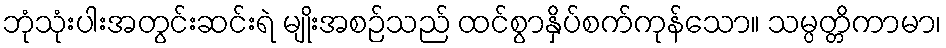
ဘုံသုံးပါးအတွင်းဆင်းရဲ မျိုးအစဉ်သည် ထင်စွာနှိပ်စက်ကုန်သော။ သမ္ပတ္တိကာမာ၊